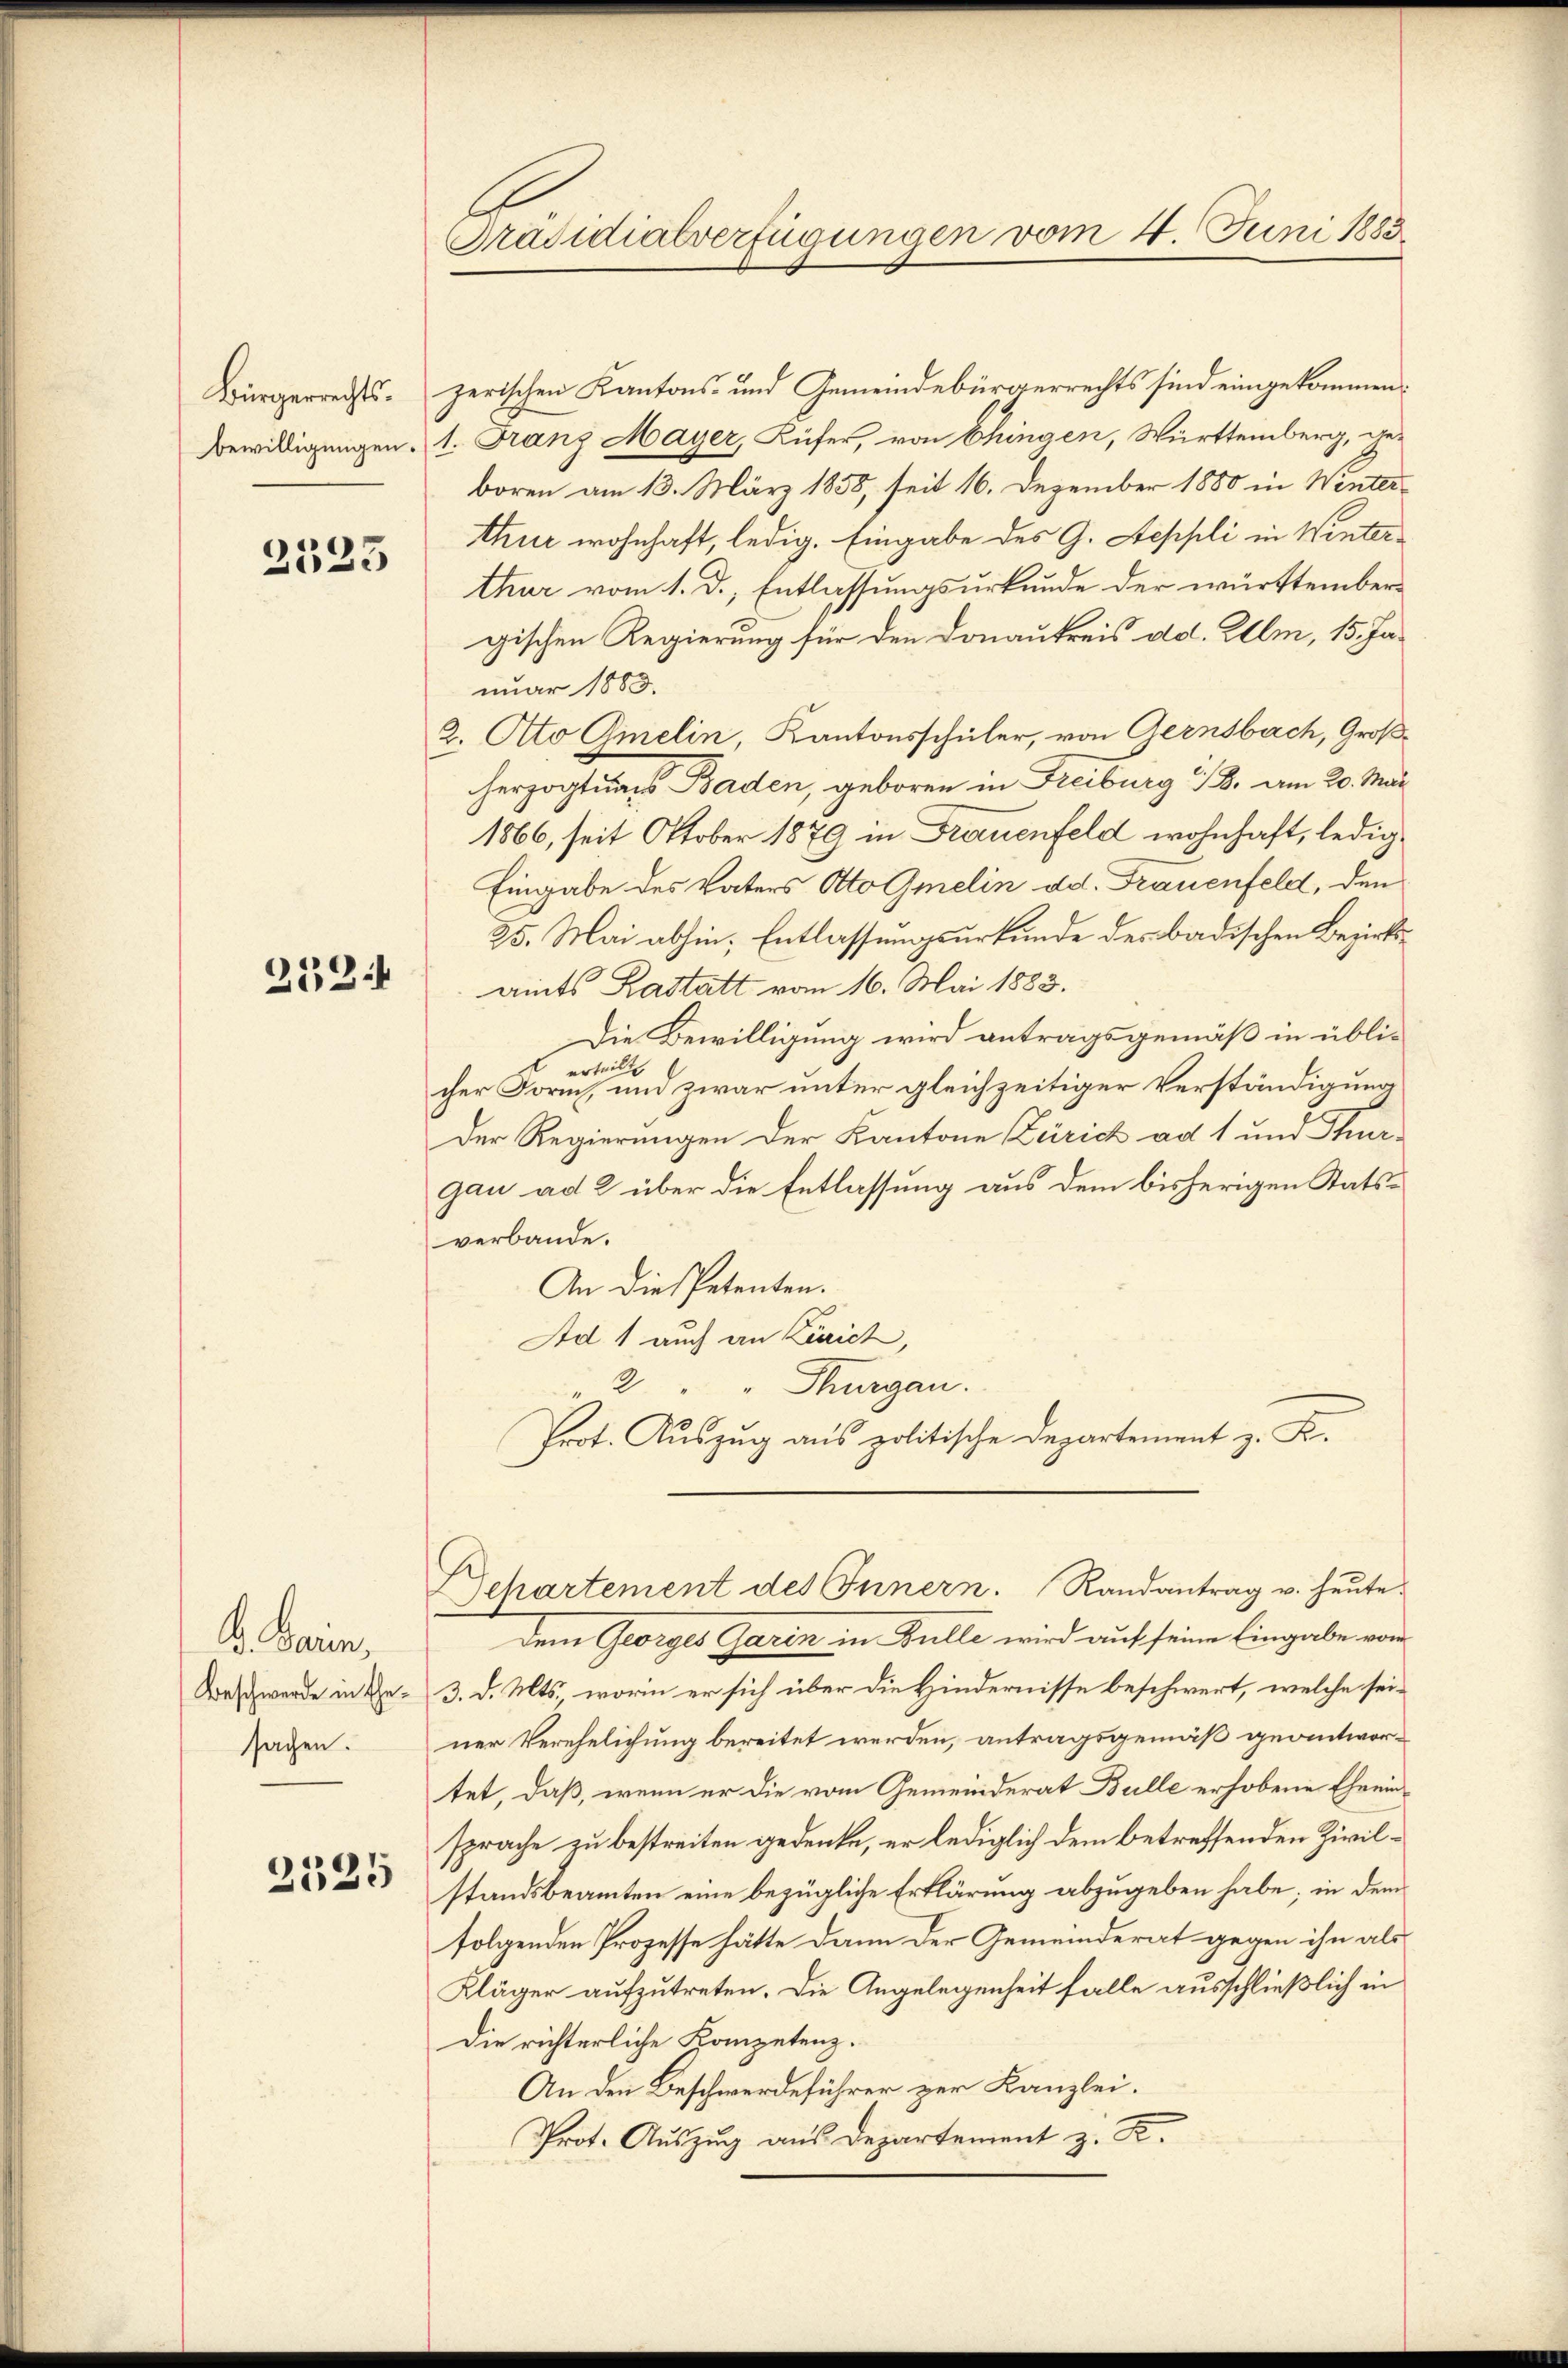
Bewilligungen.

2525

252:4

K. Baren,
Beschwerde in Gesachen.

2525

Präsidialverfügungen vom 4. Juni 1883

Bürgerrechts. zerischen Kantons- und Gemeindebürgerrechts sind eingekommen.
1. Franz Mayer, Küfer, von Chingen, Württemberg, dieboren am 13. März 1858, seit 16. Dezember 1880 in Winterthur wohnhaft, ledig. Eingabe des G. Aeppli in Winterthur vom 1. d. Entlassungsurkunde der württembergischen Regierung für den Donaukreis ad. Ulm, 15. Januar 1883.
2. Ato Gmelin, Kantonsschüler, von Gernsbach, Großherzogtums Baden, geboren in Freiburg i/B. am 20. Mar
1866, seit Oktober 1879 in Frauenfeld wohnhaft, ledig¬
Eingabe des Vaters Otto Gmelin dd. Frauenfeld, den
25. Mai abhin, Entlassungsurkunde des badischen Bezirksamts Kastatt vom 16. Mai 1883.
Die Bewilligung wird antragsgemäß in üblierteilt
cher Form, und zwar unter gleichzeitiger Verständigung
Der Regierungen der Kantone Zürich ad 1 und Thur-
gan ad 2 über die Entlassung aus dem bisherigen Statsverbande.
An die Petenten.
Ad 1 auch an Zürich,
2 " " Thurgau.
Prot. Auszug aus politische Departement z. K.

Separtement des Innern. Randantrag u. heŭte

dem Georges Garin in Gulle wird auf seine Eingabe von
3. d. Mts., worin er sich über die Hindernisse beschwert, welche seiner Verehelichung bereitet werden, antragsgemäß geantwortet, daß, wenn er die vom Gemeinderat Bulle erhobene Eheeinsprache zu bestreiten gedenke, er lediglich dem betreffenden Zivilstandsbeamten eine bezügliche Erklärung abzugeben habe; in dem
folgenden Prozesse hätte dann der Gemeinderat gegen ihn als
Kläger aufzutreten. Die Angelegenheit falle ausschließlich in
Die richterliche Kompetenz.
An den Beschwerdeführer zur Kanzlei.
Prot. Auszug aus Departement z. R.